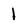
Character: 1